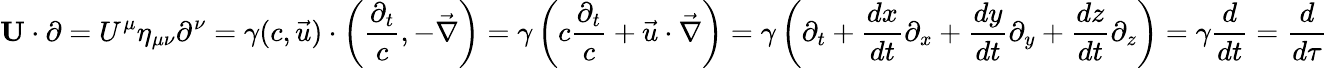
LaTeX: \mathbf{U}\cdot\mathbf{\partial}=U^{\mu}\eta_{\mu\nu}\partial^{\nu}=\gamma(c,{\vec{u}})\cdot\left({\frac{\partial_{t}}{c}},-{\vec{\nabla}}\right)=\gamma\left(c{\frac{\partial_{t}}{c}}+{\vec{u}}\cdot{\vec{\nabla}}\right)=\gamma\left(\partial_{t}+{\frac{dx}{dt}}\partial_{x}+{\frac{dy}{dt}}\partial_{y}+{\frac{dz}{dt}}\partial_{z}\right)=\gamma{\frac{d}{dt}}={\frac{d}{d\tau}}